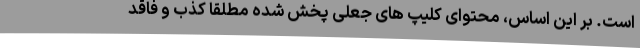
است. بر این اساس، محتوای کلیپ های جعلی پخش شده مطلقاً کذب و فاقد